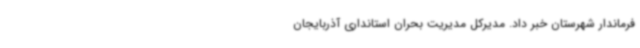
فرماندار شهرستان خبر داد. مدیرکل مدیریت بحران استانداری آذربایجان